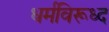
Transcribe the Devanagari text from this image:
धर्मविरूध्द